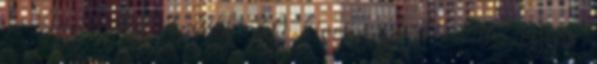
– Így add tovább 3.0 licenc alatt van; egyes